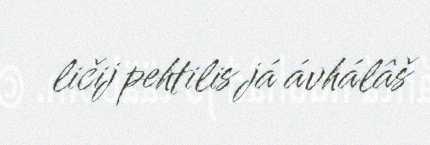
ličij pehtilis já ávhálâš